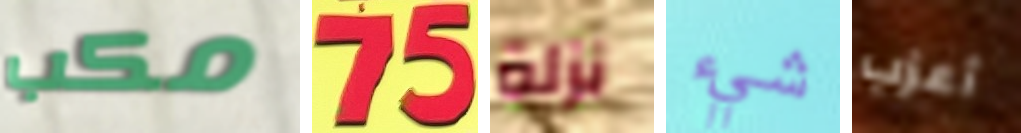
مكب 75 نزلة شيء أعزب